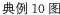
典例10图